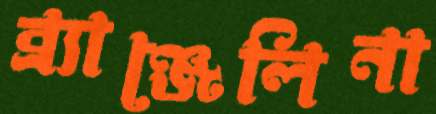
ব্র্যাঞ্জেলিনা